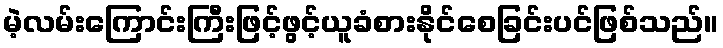
မဲ့လမ်းကြောင်းကြီးဖြင့်ဖွင့်ယူခံစားနိုင်စေခြင်းပင်ဖြစ်သည်။